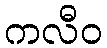
ကလီဝ